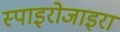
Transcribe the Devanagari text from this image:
स्पाइरोजाइरा